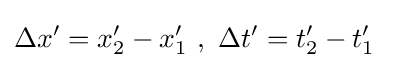
\Delta x'=x'_{2}-x'_{1}\ ,\ \Delta t'=t'_{2}-t'_{1}\